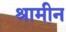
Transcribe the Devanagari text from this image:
श्रामीन